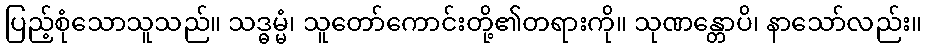
ပြည့်စုံသောသူသည်။ သဒ္ဓမ္မံ၊ သူတော်ကောင်းတို့၏တရားကို။ သုဏန္တောပိ၊ နာသော်လည်း။